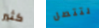
كثير لتتصل